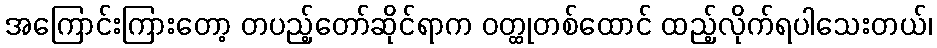
အကြောင်းကြားတော့ တပည့်တော်ဆိုင်ရာက ဝတ္ထုတစ်ထောင် ထည့်လိုက်ရပါသေးတယ်၊